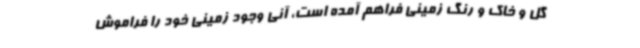
گل و خاک و رنگ زمینی فراهم آمده است، آنی وجود زمینی خود را فراموش